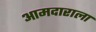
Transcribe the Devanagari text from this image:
आमदाराला